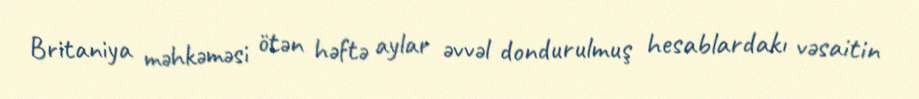
Britaniya məhkəməsi ötən həftə aylar əvvəl dondurulmuş hesablardakı vəsaitin